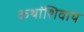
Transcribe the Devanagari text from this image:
कथांशिवाय